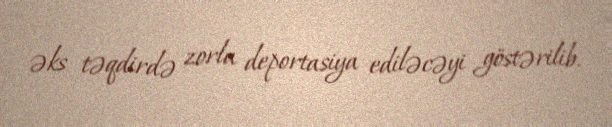
əks təqdirdə zorla deportasiya ediləcəyi göstərilib.